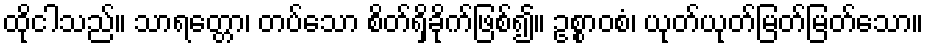
ထိုငါသည်။ သာရတ္တော၊ တပ်သော စိတ်ရှိခိုက်ဖြစ်၍။ ဥစ္စာဝစံ၊ ယုတ်ယုတ်မြတ်မြတ်သော။